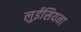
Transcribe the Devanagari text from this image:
लुईसियना